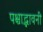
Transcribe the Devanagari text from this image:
पश्चाद्भावनी